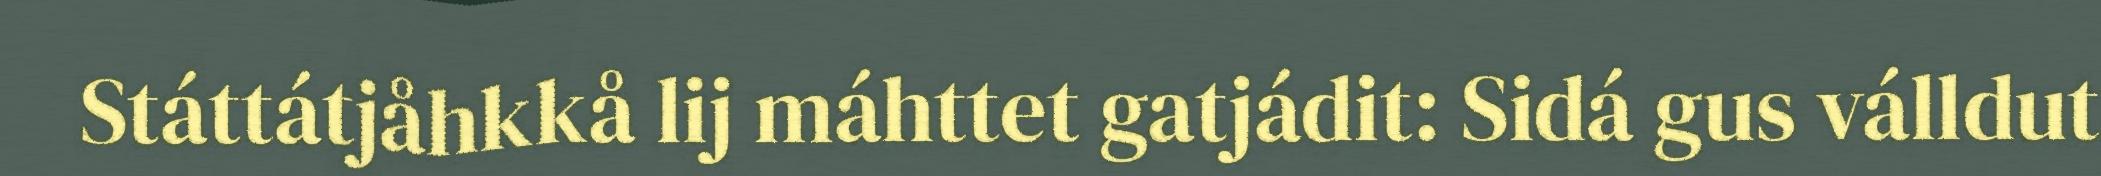
Státtátjåhkkå lij máhttet gatjádit: Sidá gus válldut